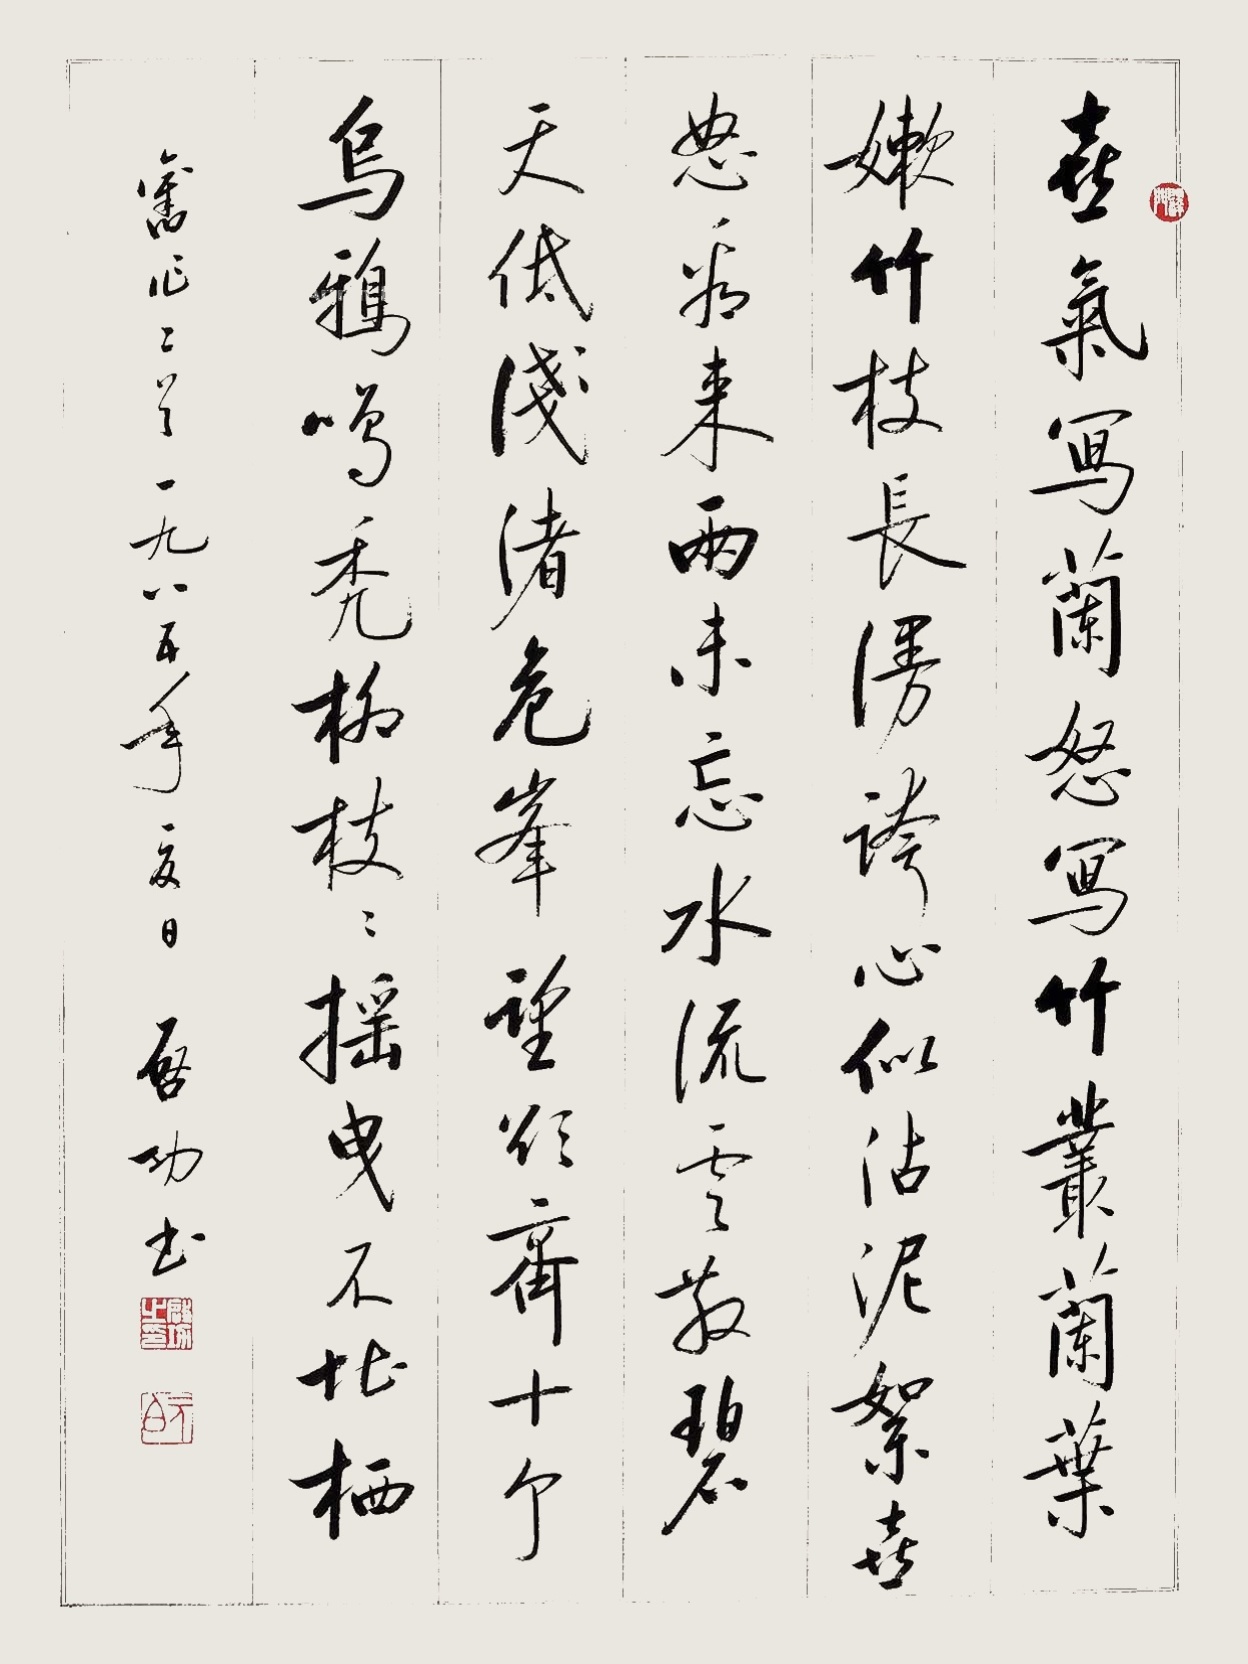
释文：喜气写兰怒写竹，丛兰叶嫩竹枝长。漫夸心似沾泥絮，喜怒看来两未忘。水流云散碧天低，浅渚危峰望欲齐。十个乌鸦鸣秃柳，风来摇曳不堪栖。旧作两首，一九八五年夏日，启功书。